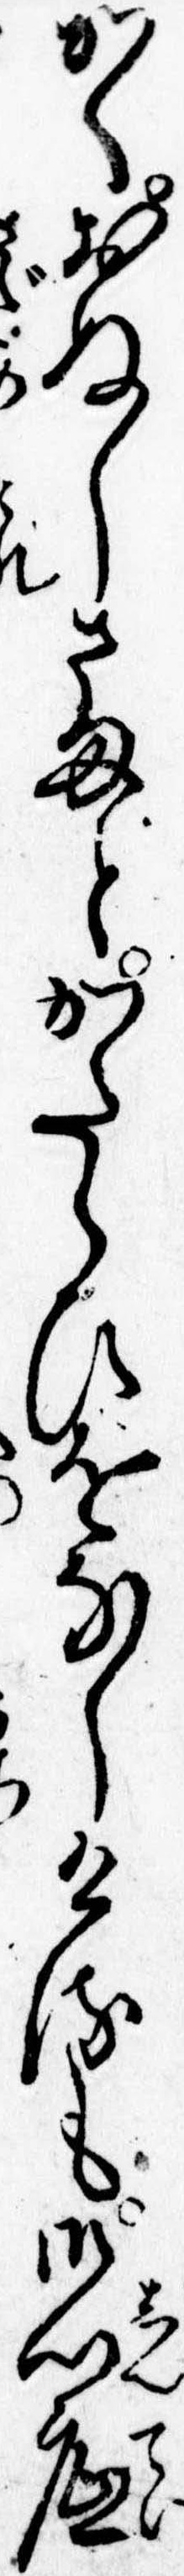
かくおぬしさまとかたらひをなしけるも御心底